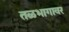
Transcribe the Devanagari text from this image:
तळभागावर